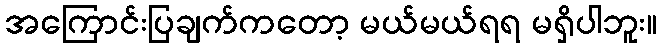
အကြောင်းပြချက်ကတော့ မယ်မယ်ရရ မရှိပါဘူး။